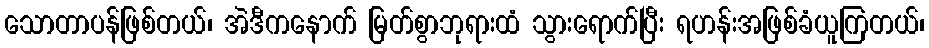
သောတာပန်ဖြစ်တယ်၊ အဲဒီကနောက် မြတ်စွာဘုရားထံ သွားရောက်ပြီး ရဟန်းအဖြစ်ခံယူကြတယ်၊